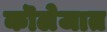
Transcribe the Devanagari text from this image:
कॊलेजात